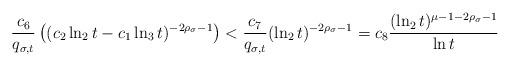
LaTeX: \begin{align*}\frac{c_6}{q_{\sigma,t}}\left((c_2 \ln_2 t - c_1 \ln_3 t)^{-2\rho_\sigma-1}\right)<\frac{c_7}{q_{\sigma,t}}(\ln_2 t)^{-2\rho_\sigma-1} = c_8\frac{(\ln_2 t)^{\mu-1-2\rho_\sigma-1}}{\ln t}\end{align*}